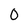
Character: 0